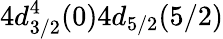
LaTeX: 4d_{3/2}^{4}(0)4d_{5/2}(5/2)